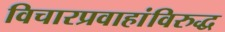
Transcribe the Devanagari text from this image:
विचारप्रवाहांविरुद्ध